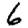
Digit: 6